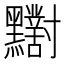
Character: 𪓁